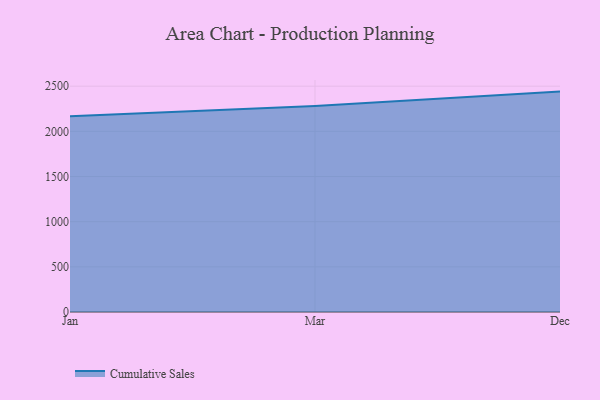
{"axis": {"x": "Month", "y": "Gross Profit (USD K)"}, "legend": ["Cumulative Sales"], "data": [{"x": "Jan", "y": 2166.0, "type": "Cumulative Sales"}, {"x": "Mar", "y": 2281.5, "type": "Cumulative Sales"}, {"x": "Dec", "y": 2440.2, "type": "Cumulative Sales"}]}